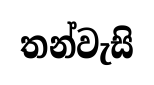
තන්වැසි